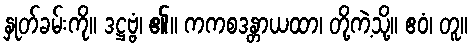
နှုတ်ခမ်းကို။ ဒဋ္ဌဗ္ဗံ၊ ၏။ ကကစဒန္တာယထာ၊ တို့ကဲ့သို့။ ဧဝံ၊ တူ။